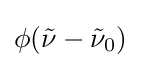
\phi ({\tilde {\nu }}-{\tilde {\nu }}_{0})